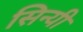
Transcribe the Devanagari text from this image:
सिन्यी